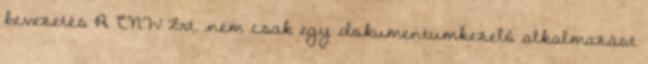
bevezetés A CNW Zrt. nem csak egy dokumentumkezelő alkalmazást